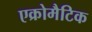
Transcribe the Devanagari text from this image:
एक्रोमैटिक